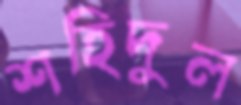
শহিদুল